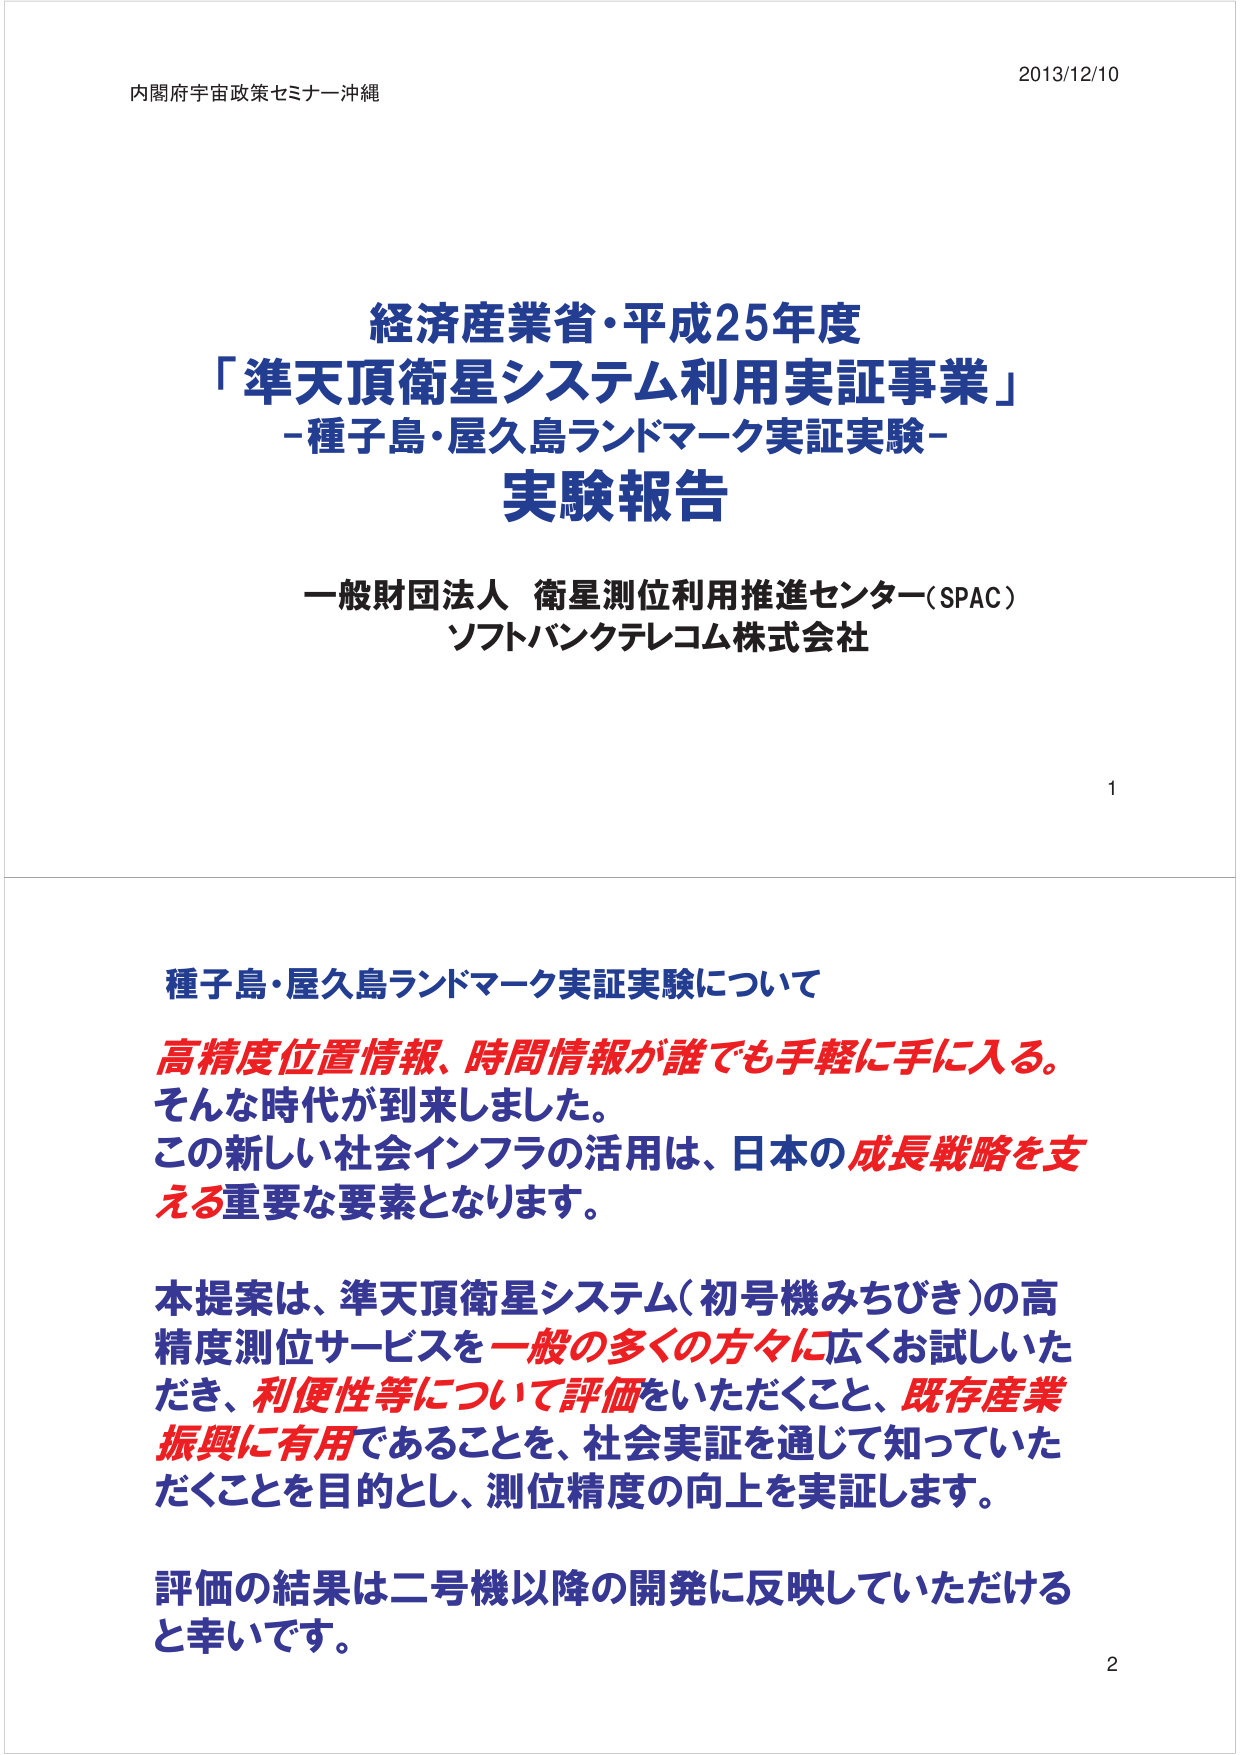
内閣府宇宙政策セミナー沖縄
2013/12/10

経済産業省・平成25年度
「準天頂衛星システム利用実証事業」
－種子島・屋久島ランドマーク実証実験－
実験報告

一般財団法人 衛星測位利用推進センター（SPAC）
ソフトバンクテレコム株式会社

1

種子島・屋久島ランドマーク実証実験について
高精度位置情報、時間情報が誰でも手軽に手に入る。
そんな時代が到来しました。
この新しい社会インフラの活用は、日本の成長戦略を支える重要な要素となります。

本提案は、準天頂衛星システム（初号機みちびき）の高精度測位サービスを一般の多くの方々に広くお試しいただき、利便性等について評価をいただくこと、既存産業振興に有用であることを、社会実証を通じて知っていただくことを目的とし、測位精度の向上を実証します。

評価の結果は二号機以降の開発に反映していただけると幸いです。

2